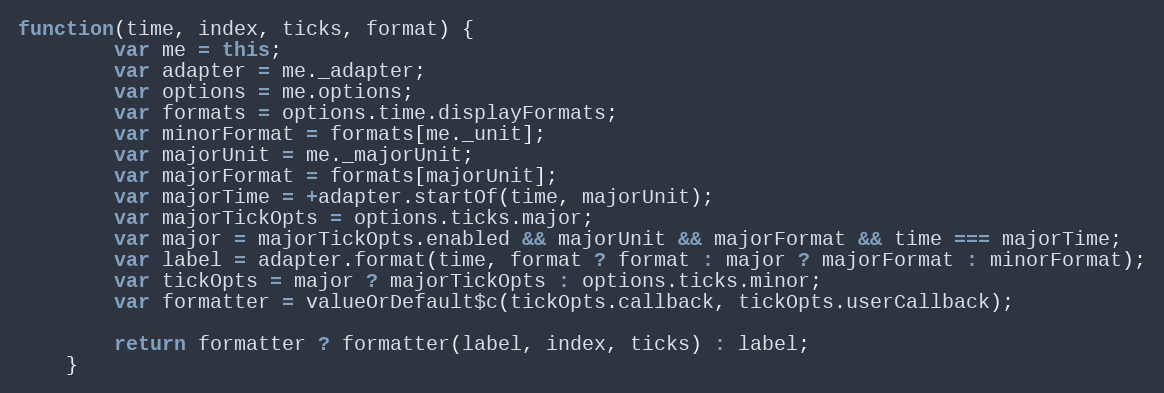
Language: JavaScript
function(time, index, ticks, format) {
		var me = this;
		var adapter = me._adapter;
		var options = me.options;
		var formats = options.time.displayFormats;
		var minorFormat = formats[me._unit];
		var majorUnit = me._majorUnit;
		var majorFormat = formats[majorUnit];
		var majorTime = +adapter.startOf(time, majorUnit);
		var majorTickOpts = options.ticks.major;
		var major = majorTickOpts.enabled && majorUnit && majorFormat && time === majorTime;
		var label = adapter.format(time, format ? format : major ? majorFormat : minorFormat);
		var tickOpts = major ? majorTickOpts : options.ticks.minor;
		var formatter = valueOrDefault$c(tickOpts.callback, tickOpts.userCallback);

		return formatter ? formatter(label, index, ticks) : label;
	}